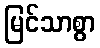
မြင်သာစွာ